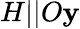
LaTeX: H||O\mathbf{y}